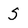
Character: S